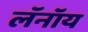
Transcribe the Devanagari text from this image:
लॅनॉय